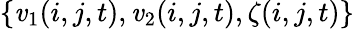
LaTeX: \{ \mathit{v}_{1}(i,j,t),\mathit{v}_{2}(i,j,t),\zeta(i,j,t)\}